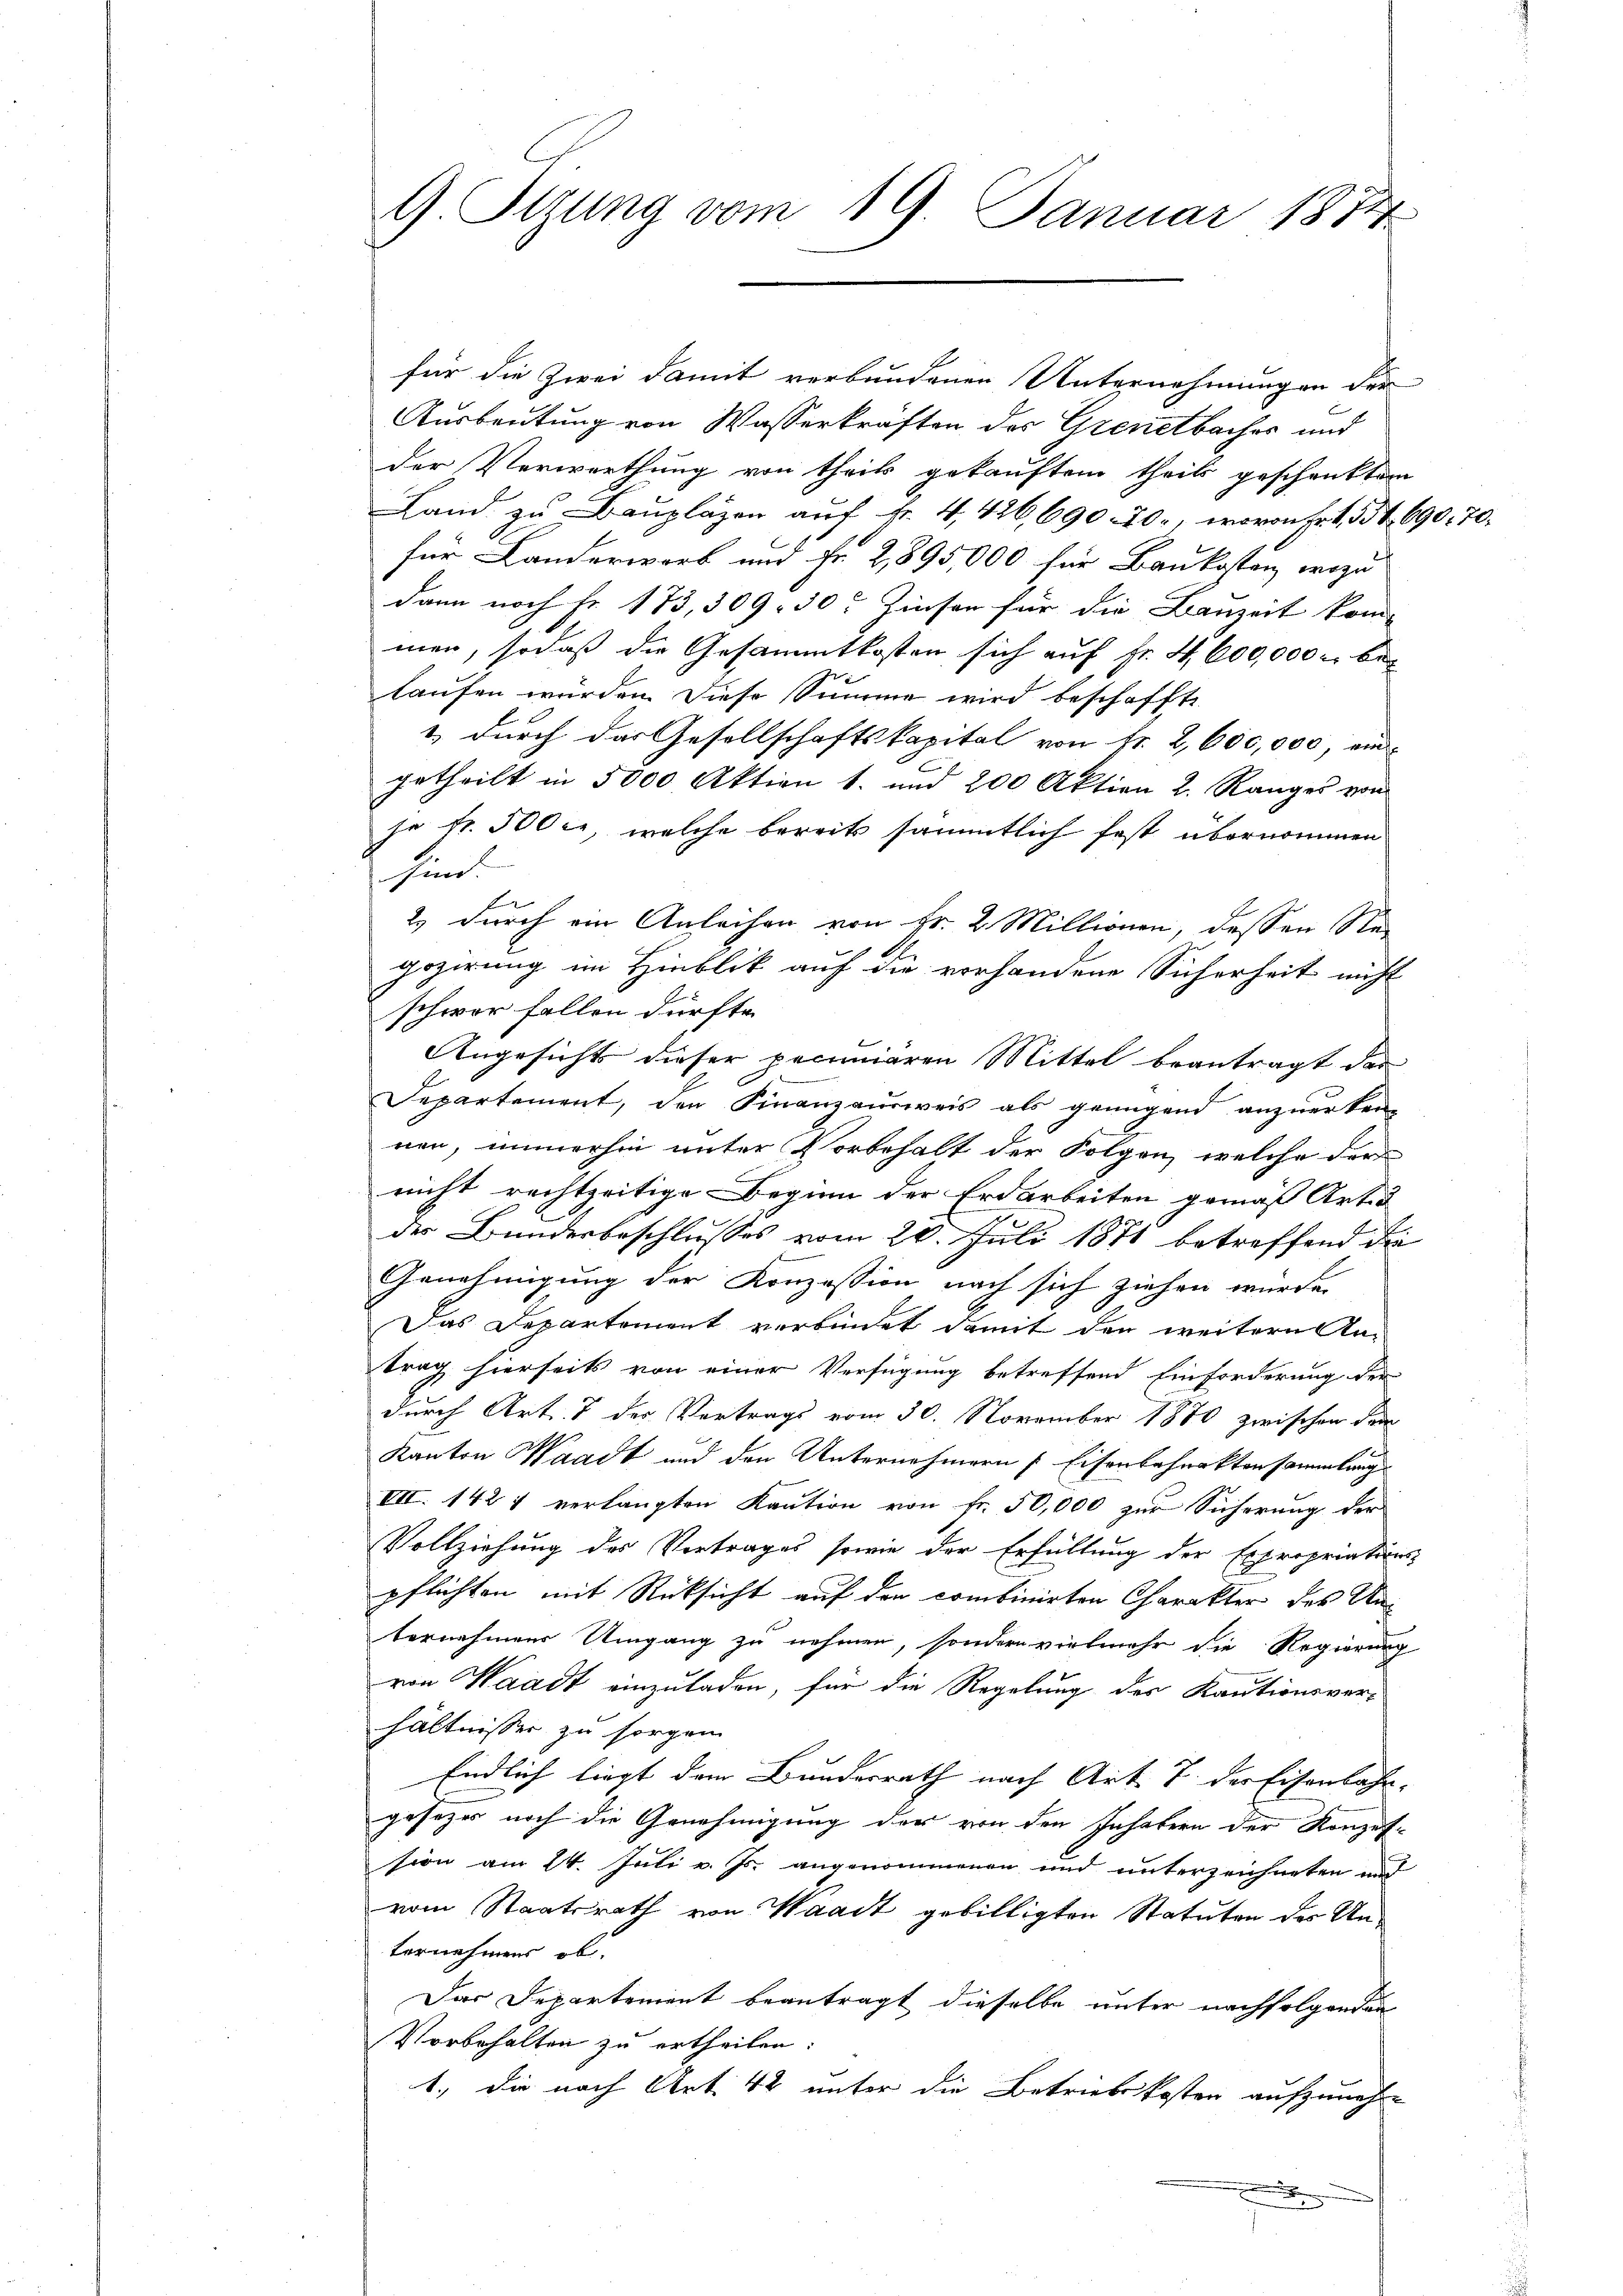
9 Otzung vom 19. Januar 1874

für die Zwei damit verbundenen Unternehmungen der
Ausbeutung von Wasserkraften des Grenetbacher und
der Verwerthung von theils gekauftem theils geschenkten
Land zu Baupläzen auf Fr. 4, 426, 690 - 70, wovon Fr. 1 554. 690. 70.
für Landerwerb und Fr. 2,895,000 für Baukosten, wozu
dann noch Fr. 173, 309. 30. Zinsen für die Bauzeit kom
men, sodaß die Gesammtkosten sich auf Fr. 4600,000 be
laufen würden. Diese Summe wird beschaffte
1) durch das Gesellschaftskapital von Nr. 2, 600,000, ein
getheilt in 5000 Aktien 1. und 200 Aktien 2. Ranges von
je fr. 500 er, welche bereits sämmtlich fast übernommen
sen.
2) durch ein Anleihen von Fr. 2. Millionen, dessen Re¬
A
gozirung im Hinblik auf die vorhandene Sicherheit nicht
schwer fallen dürfte.
Angesicht dieser pecuniären Mittel beantragt das
Departement, den Finanzausweis als genügend anzuerken-
nen, immerhin unter Vorbehalt der Folgen, welche der
nicht rechtzeitige Beginn der Erdarbeiten gemäß Art d
der Bunderbeschlusses vom 20. Juli 1871 betreffend die
Genehmigung der Konzession nach sich ziehen würde,
Das Departement verbindet damit den weitern An-
trag hierseits von einer Verfügung betreffend Einforderung der
durch Art. 7 der Vortrags vom 30. November 1870 zwischen den
Kanton Waadt und den Unternehmern Eisenbahnakten sammlung
VII. 142 1 verlangten Kaution von Fr. 50,000 zur Sicherung der
Vollziehung des Vertrages sowie der Erfüllung der Expropriations-
pflichten mit Rücksicht auf den combinirten Charakter des Anvernehmens Umgang zu nehmen, sondern vielmehr die Regierung
von Waadt einzuladen, für die Regelung des Kautionsver-
hältnisser zu sorgen
Endlich liegt dem Bundesrath nach Art. 7 der Eisenbahn-
gesezes noch die Genehmigung der von den Inhabern der Konzession am 24. Juli v. Js. angenommenen und unterzeichneten und
vom Staatsrath von Waadt gebilligten Statuten der Unternehmens ob.
Das Departement beantragt dieselbe unter nachfolgenden
Vorbehalten zu ertheilen.
1., die nach Art. 42 unter die Betriebskosten aufzunehme